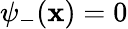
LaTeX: \psi_{-}(\mathbf{x})=0